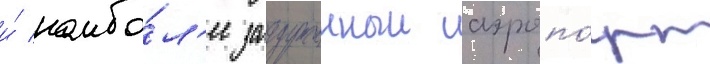
и́ наибо́л'ее загруженныи аэропо́рт